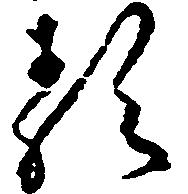
類